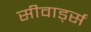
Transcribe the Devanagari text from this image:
सीवार्ड्स